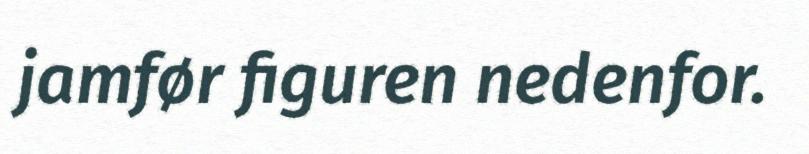
jamfør figuren nedenfor.